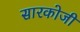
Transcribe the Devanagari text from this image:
सारकोजी